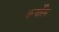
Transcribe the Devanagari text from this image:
कर्चोरेम